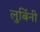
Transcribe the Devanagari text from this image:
लुबिंनी